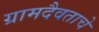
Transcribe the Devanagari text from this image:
ग्रामदैवताचे